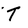
Character: T